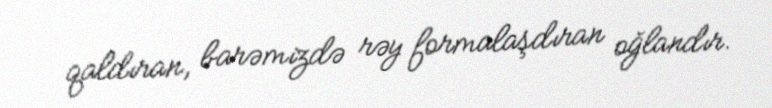
qaldıran, barəmizdə rəy formalaşdıran oğlandır.